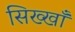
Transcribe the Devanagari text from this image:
सिख्खाँ